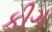
કીગ